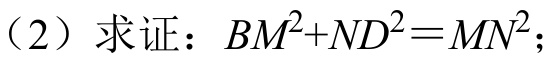
(2) 求证：\(BM^{2}+ND^{2}=MN^{2}\)；